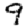
Digit: 9